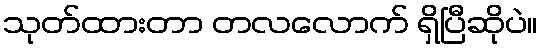
သုတ်ထားတာ တလလောက် ရှိပြီဆိုပဲ။